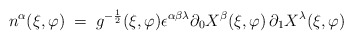
\begin{align*} n^\alpha (\xi,\varphi) \;=\;g^{-\frac{1}{2}}(\xi,\varphi) \epsilon^{\alpha\beta\lambda}\partial_0 X^\beta(\xi,\varphi) \, \partial_1 X^\lambda(\xi,\varphi)\end{align*}